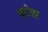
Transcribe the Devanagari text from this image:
परोठा